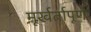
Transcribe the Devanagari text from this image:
मूर्खर्तापूर्ण